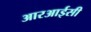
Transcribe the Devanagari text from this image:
आरआईसी